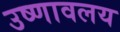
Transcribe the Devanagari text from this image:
उष्णावलय